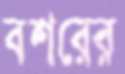
বশরের